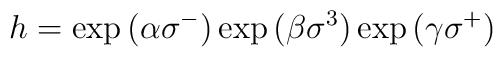
h = \exp{(\alpha \sigma^-)} \exp{(\beta \sigma^3)}\exp{(\gamma \sigma^+)}